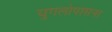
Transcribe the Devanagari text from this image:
युगलोपासना